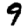
Digit: 9